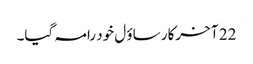
22 آ خرکار ساؤ ل خود رامہ گیا۔